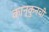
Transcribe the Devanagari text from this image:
कान्कुनची